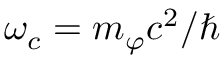
\omega _ { c } = m _ { \varphi } c ^ { 2 } / \hbar